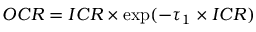
O C R = I C R \times \exp ( - \tau _ { 1 } \times I C R )